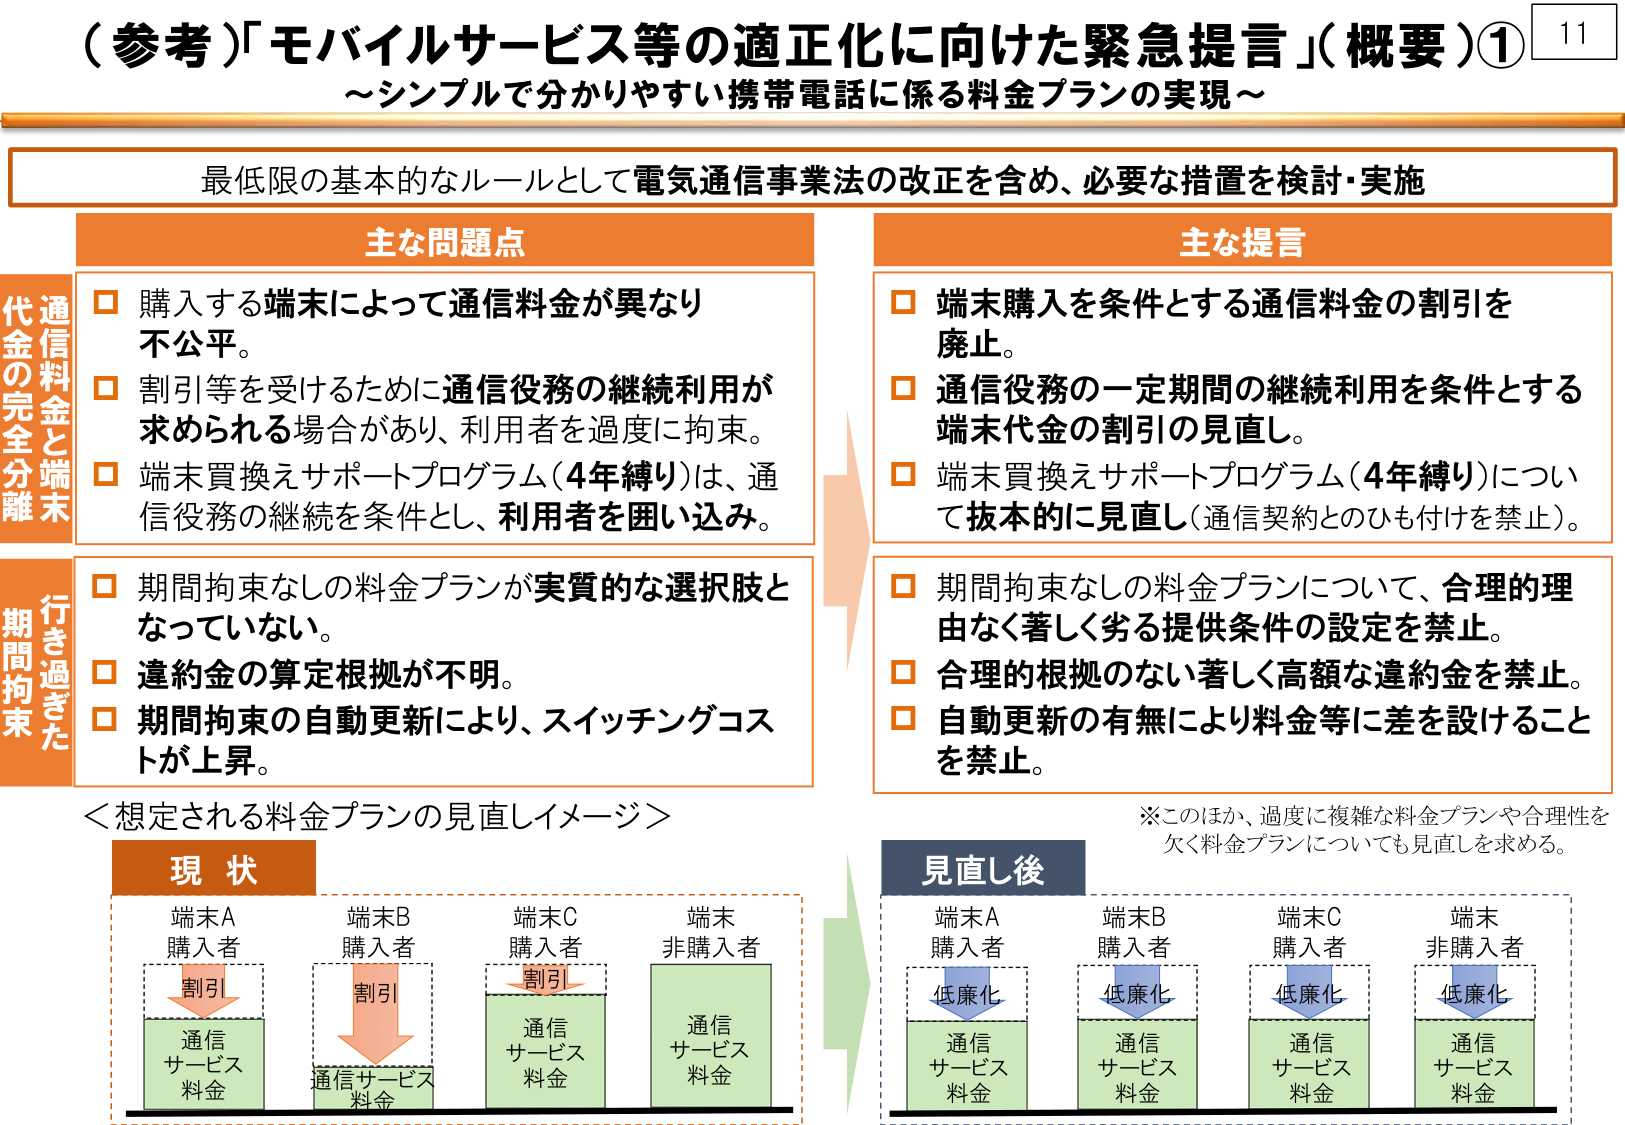
（参考）「モバイルサービス等の適正化に向けた緊急提言」（概要）①
～シンプルで分かりやすい携帯電話に係る料金プランの実現～

最低限の基本的なルールとして電気通信事業法の改正を含め、必要な措置を検討・実施

主な問題点
□ 購入する端末によって通信料金が異なり不公平。
□ 割引等を受けるために通信役務の継続利用が求められる場合があり、利用者を過度に拘束。
□ 端末買換えサポートプログラム（4年縛り）は、通信役務の継続を条件とし、利用者を囲い込み。

主な提言
□ 端末購入を条件とする通信料金の割引を廃止。
□ 通信役務の一定期間の継続利用を条件とする端末代金の割引の見直し。
□ 端末買換えサポートプログラム（4年縛り）について抜本的に見直し（通信契約とのひも付けを禁止）。

行き過ぎた期間拘束
□ 期間拘束なしの料金プランが実質的な選択肢となっていない。
□ 違約金の算定根拠が不明。
□ 期間拘束の自動更新により、スイッチングコストが上昇。

□ 期間拘束なしの料金プランについて、合理的理由なく著しく劣る提供条件の設定を禁止。
□ 合理的根拠のない著しく高額な違約金を禁止。
□ 自動更新の有無により料金等に差を設けることを禁止。

＜想定される料金プランの見直しイメージ＞

現状
端末A 購入者
割引
通信サービス料金

端末B 購入者
割引
通信サービス料金

端末C 購入者
割引
通信サービス料金

端末 非購入者
通信サービス料金

見直し後
端末A 購入者
低廉化
通信サービス料金

端末B 購入者
低廉化
通信サービス料金

端末C 購入者
低廉化
通信サービス料金

端末 非購入者
低廉化
通信サービス料金

※このほか、過度に複雑な料金プランや合理性を欠く料金プランについても見直しを求める。

11